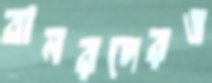
বানরদেরও